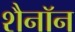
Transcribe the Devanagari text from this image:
शैनॉन